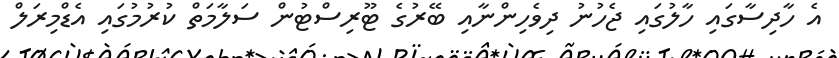
އެ ހާދިސާގައި ހާލުގައި ޖެހުނު ދިވެހިންނާއި ބޭރުގެ ޓޫރިސްޓުން ސަލާމަތް ކުރުމުގައި އެޑްމިރަލް